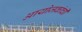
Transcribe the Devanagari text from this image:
आयोजकांची